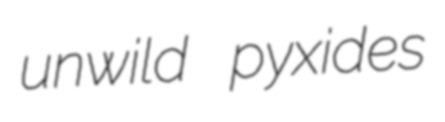
unwild pyxides